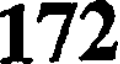
172